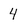
Character: 4